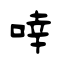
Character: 啈